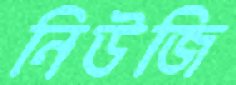
নিউজি